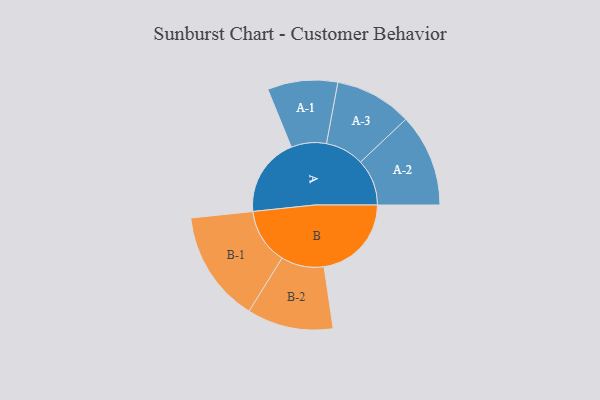
{"axis": {"x": "Segment", "y": "Value"}, "legend": ["", "A", "B"], "data": [{"x": "A", "y": 376, "type": ""}, {"x": "B", "y": 416, "type": ""}, {"x": "A-1", "y": 167, "type": "A"}, {"x": "A-2", "y": 221, "type": "A"}, {"x": "A-3", "y": 184, "type": "A"}, {"x": "B-1", "y": 266, "type": "B"}, {"x": "B-2", "y": 205, "type": "B"}]}